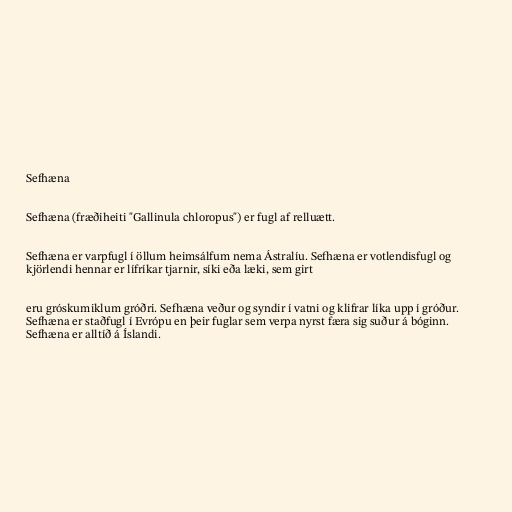
Sefhæna

Sefhæna (fræðiheiti "Gallinula chloropus") er fugl af relluætt.

Sefhæna er varpfugl í öllum heimsálfum nema Ástralíu. Sefhæna er votlendisfugl og
kjörlendi hennar er lífríkar tjarnir, síki eða læki, sem girt

eru gróskumiklum gróðri. Sefhæna veður og syndir í vatni og klifrar líka upp í gróður.
Sefhæna er staðfugl í Evrópu en þeir fuglar sem verpa nyrst færa sig suður á bóginn.
Sefhæna er alltíð á Íslandi.